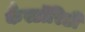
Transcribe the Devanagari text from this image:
कैस्टॉरिडी